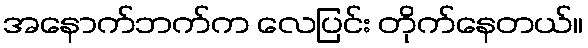
အနောက်ဘက်က လေပြင်း တိုက်နေတယ်။